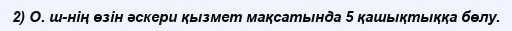
2) О. ш-нің өзін әскери қызмет мақсатында 5 қашықтыққа бөлу.